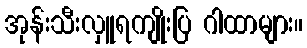
အုန်းသီးလှူရကျိုးပြ ဂါထာများ။